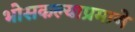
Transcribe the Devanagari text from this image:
भोसकल्याप्रमाणे